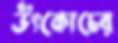
উৎকোচের